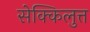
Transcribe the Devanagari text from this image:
सेक्किलुत्त